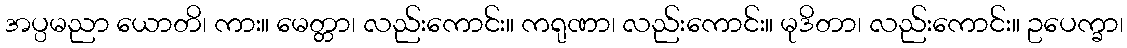
အပ္ပမညာ ယောတိ၊ ကား။ မေတ္တာ၊ လည်းကောင်း။ ကရုဏာ၊ လည်းကောင်း။ မုဒိတာ၊ လည်းကောင်း။ ဥပေက္ခာ၊